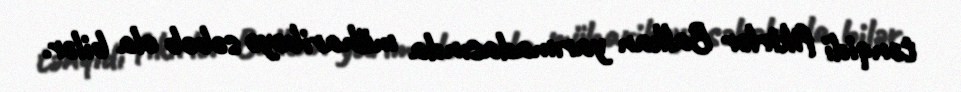
tənqidi fikirlər Balkan yarımadasında müharibəyə səbəb ola bilər.